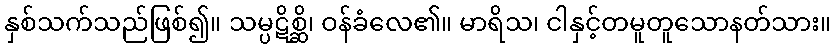
နှစ်သက်သည်ဖြစ်၍။ သမ္ပဋိစ္ဆိ၊ ဝန်ခံလေ၏။ မာရိသ၊ ငါနှင့်တမူတူသောနတ်သား။